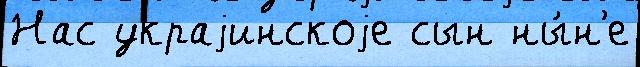
Нас украjинскоjе сын ны́н'е